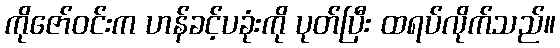
ကိုဇော်ဝင်းက ဟန်ခင့်ပခုံးကို ပုတ်ပြီး ထရပ်လိုက်သည်။